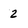
Character: 2